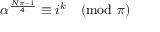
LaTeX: \alpha ^ { \frac { N \pi - 1 } { 4 } } \equiv i ^ { k } { \pmod { \pi } }